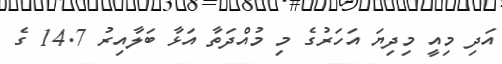
އަދި މިއީ މިދިޔަ އަހަރުގެ މި މުއްދަތާ އަޅާ ބަލާއިރު 14.7 ގެ